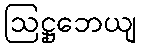
ဩဋ္ဌုဘေယျ